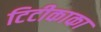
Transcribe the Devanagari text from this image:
टिटीकाका